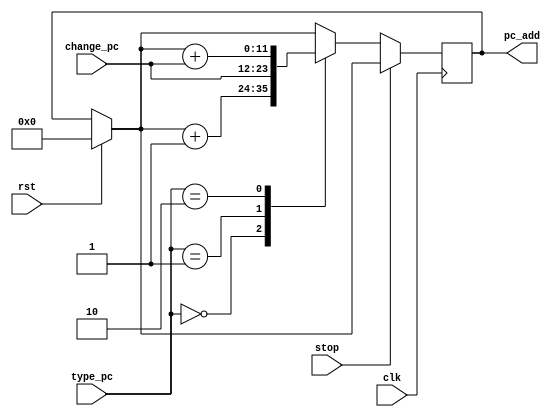
`timescale 1ns / 1ps
//////////////////////////////////////////////////////////////////////////////////
// Company: 
// Engineer: 
// 
// Design Name: 
// Module Name: pc
// Project Name: 
// Target Devices: 
// Tool Versions: 
// Description: 
// 
// Dependencies: 
// 
// Revision:
// Revision 0.01 - File Created
// Additional Comments:
// 
//////////////////////////////////////////////////////////////////////////////////


module pc(clk,rst,stop,type_pc,change_pc,pc_add);
    input wire clk,rst,stop;
    input wire[1:0] type_pc;
    input wire[11:0] change_pc;
    output reg[11:0] pc_add;
    
    initial begin
        pc_add=0;
    end
    
    always@(negedge clk) begin
        if(rst==1)
            pc_add=0;
        if(stop==0)
            case(type_pc)
                2'b00:pc_add=pc_add+1;
                2'b01:pc_add=change_pc;
                2'b10:pc_add=pc_add+change_pc;
            endcase
    end
endmodule